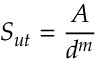
S _ { u t } = \frac { A } { d ^ { m } }